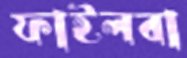
ফাইলবা